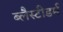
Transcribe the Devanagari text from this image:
ब्लैस्टीडर्म